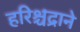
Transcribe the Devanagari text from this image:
हरिश्चंद्राने